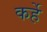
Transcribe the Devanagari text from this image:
कर्हे